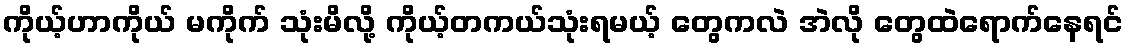
ကိုယ့်ဟာကိုယ် မကိုက် သုံးမိလို့ ကိုယ့်တကယ်သုံးရမယ့် တွေကလဲ အဲလို တွေထဲရောက်နေရင်